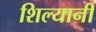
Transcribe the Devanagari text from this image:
शिल्यानी